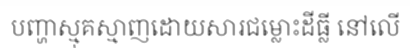
បញ្ហាស្មុគស្មាញដោយសារជម្លោះដីធ្លី នៅលើ